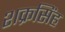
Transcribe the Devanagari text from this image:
शक्रसिंह